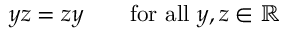
y z = z y \qquad { \mathrm { f o r ~ a l l ~ } } y , z \in \mathbb { R }